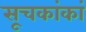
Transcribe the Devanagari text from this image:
सूचकांकां